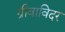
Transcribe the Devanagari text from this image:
ग्रीवाविदर